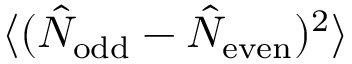
\langle ( \hat { N } _ { \mathrm { o d d } } - \hat { N } _ { \mathrm { e v e n } } ) ^ { 2 } \rangle